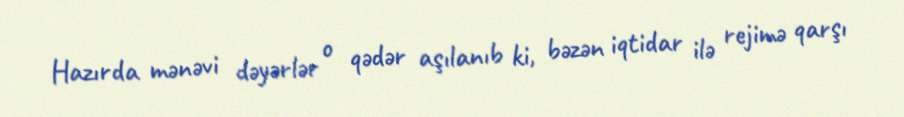
Hazırda mənəvi dəyərlər o qədər aşılanıb ki, bəzən iqtidar ilə rejimə qarşı